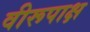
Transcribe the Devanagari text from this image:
वीरूपाक्ष